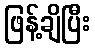
ဖြန့်ချိပြီး